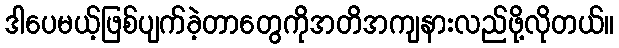
ဒါပေမယ့်ဖြစ်ပျက်ခဲ့တာတွေကိုအတိအကျနားလည်ဖို့လိုတယ်။